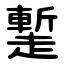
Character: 䟅